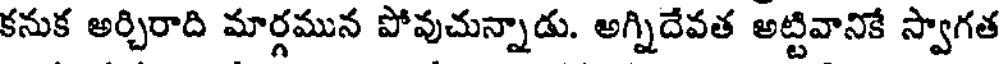
కనుక అర్చిరాది మార్గమున పోవుచున్నాడు. అగ్నిదేవత అట్టివానికే స్వాగత